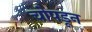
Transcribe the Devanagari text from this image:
चोपडून